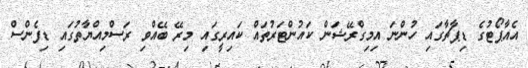
އެއާޕޯޓުގެ ޑިޕާޗާގައި ހުންނަ އިމިގްރޭޝަން ކައުންޓަރުތައް ކައިރީގައި މިރޭ ބޭއްވި ރަސްމިއްޔާތުގައި ޑިފެންސް